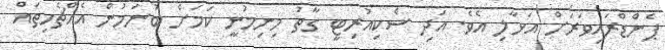
ޕެންޑްރައިވަރަށް އަޅާލި އެވެ. އަދި ސެކިއުރިޓީ ގާތު މިނިމުނީ ކަމަށް ބުނަމުން އެއްޗެހިތައް